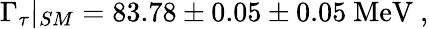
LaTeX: \Gamma_{\tau}|_{SM}=83.78\pm 0.05\pm 0.05\ \mathrm{MeV}\ ,